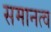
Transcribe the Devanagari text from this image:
समानत्व